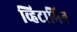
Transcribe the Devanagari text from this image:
व्हिटामिन